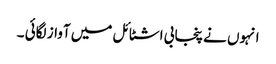
انہوں نے پنجابی اشٹائل میں آواز لگائی ۔